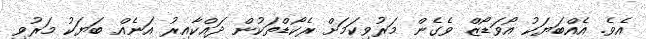
އެވެ. އެއްބަޔަކު އޯވަޑޯޒް ވެގެން މަރުވިކަމަށް ރެކޯޑްތަކުން ދައްކާއިރު އަނެއް ބަޔަކު މަރުވި